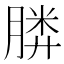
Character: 𣎌